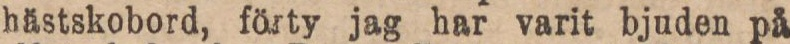
hästskobord, förty jag har varit bjuden på